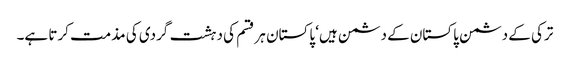
ترکی کے دشمن پاکستان کے دشمن ہیں‘ پاکستان ہر قسم کی دہشت گردی کی مذمت کرتا ہے۔